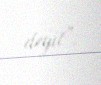
deyil”.